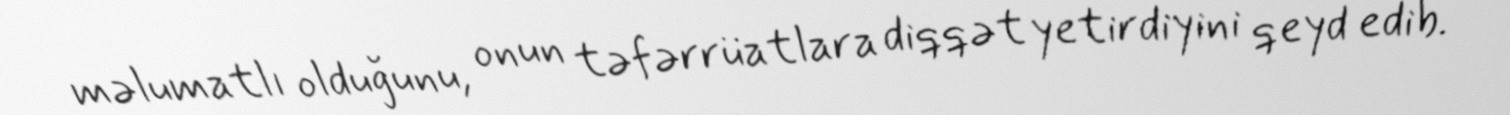
məlumatlı olduğunu, onun təfərrüatlara diqqət yetirdiyini qeyd edib.